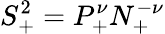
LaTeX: S_{+}^{2}=P_{+}^{\nu}N_{+}^{-\nu}